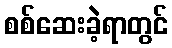
စစ်ဆေးခဲ့ရာတွင်